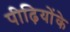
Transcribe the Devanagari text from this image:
पीढ़ियोंके